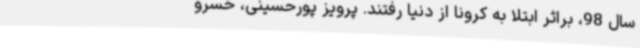
سال 98، براثر ابتلا به کرونا از دنیا رفتند. پرویز پورحسینی، خسرو